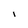
Character: l